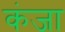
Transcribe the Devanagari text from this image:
कंजा